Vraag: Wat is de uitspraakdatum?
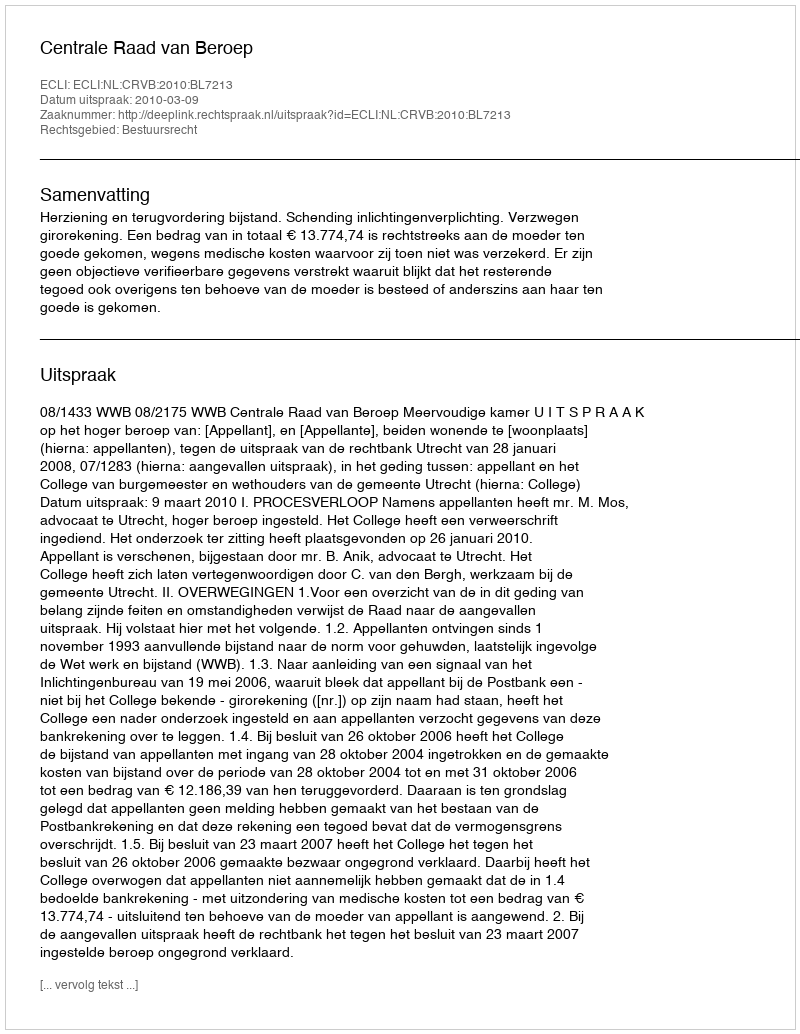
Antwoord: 2010-03-09